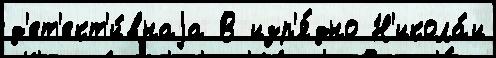
д'ет'ект'и́внаjа В изр'я́дно Н'икола́и